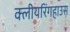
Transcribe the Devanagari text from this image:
क्लीयरिंगहाउस